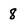
Character: 8